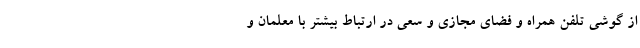
از گوشی تلفن همراه و فضای مجازی و سعی در ارتباط بیشتر با معلمان و